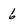
Character: 6